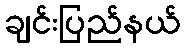
ချင်းပြည်နယ်